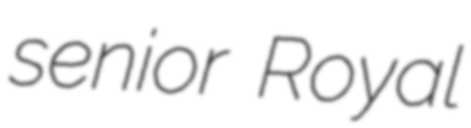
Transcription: senior Royal